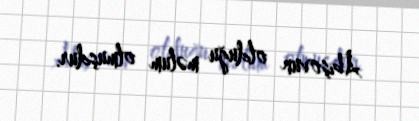
Abışovun olduğu məlum olmuşdur.